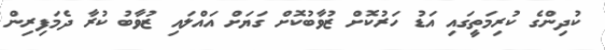
ކުދިންގެ ކުރިމަތީގައި އަޑު ހަރުކޮށް ޒުވާބުކޮށް ގަޔަށް އައްލައި ޒުވާބު ކުރާ ދެމަފިރިން